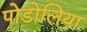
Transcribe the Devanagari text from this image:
पोडोलिया